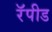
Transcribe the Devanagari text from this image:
रॅपीड